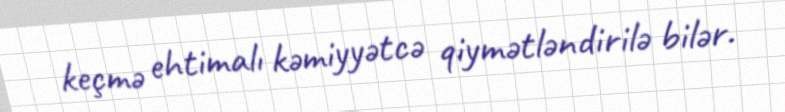
keçmə ehtimalı kəmiyyətcə qiymətləndirilə bilər.